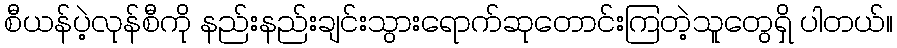
စီယန်ပဲ့လုန်စီကို နည်းနည်းချင်းသွားရောက်ဆုတောင်းကြတဲ့သူတွေရှိ ပါတယ်။